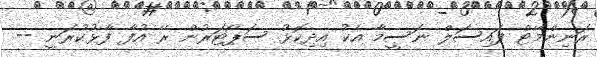
ރަނިންމޭޓް ފައިސަލް ނަސީމާ އެކު އިދިކޮޅު ސަޕޯޓަރުން ރޭ އުފާ ފާޅުކުރަނީ --